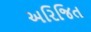
અરિજિત